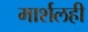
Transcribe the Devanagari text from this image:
मार्शलही